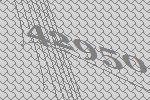
42950